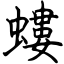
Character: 螻